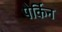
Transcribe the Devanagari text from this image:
पेर्किन